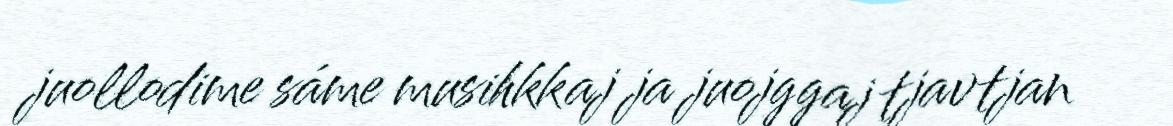
juollodime sáme musihkkaj ja juojggaj tjavtjan